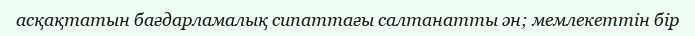
асқақтатын бағдарламалық сипаттағы салтанатты ән; мемлекеттін бір